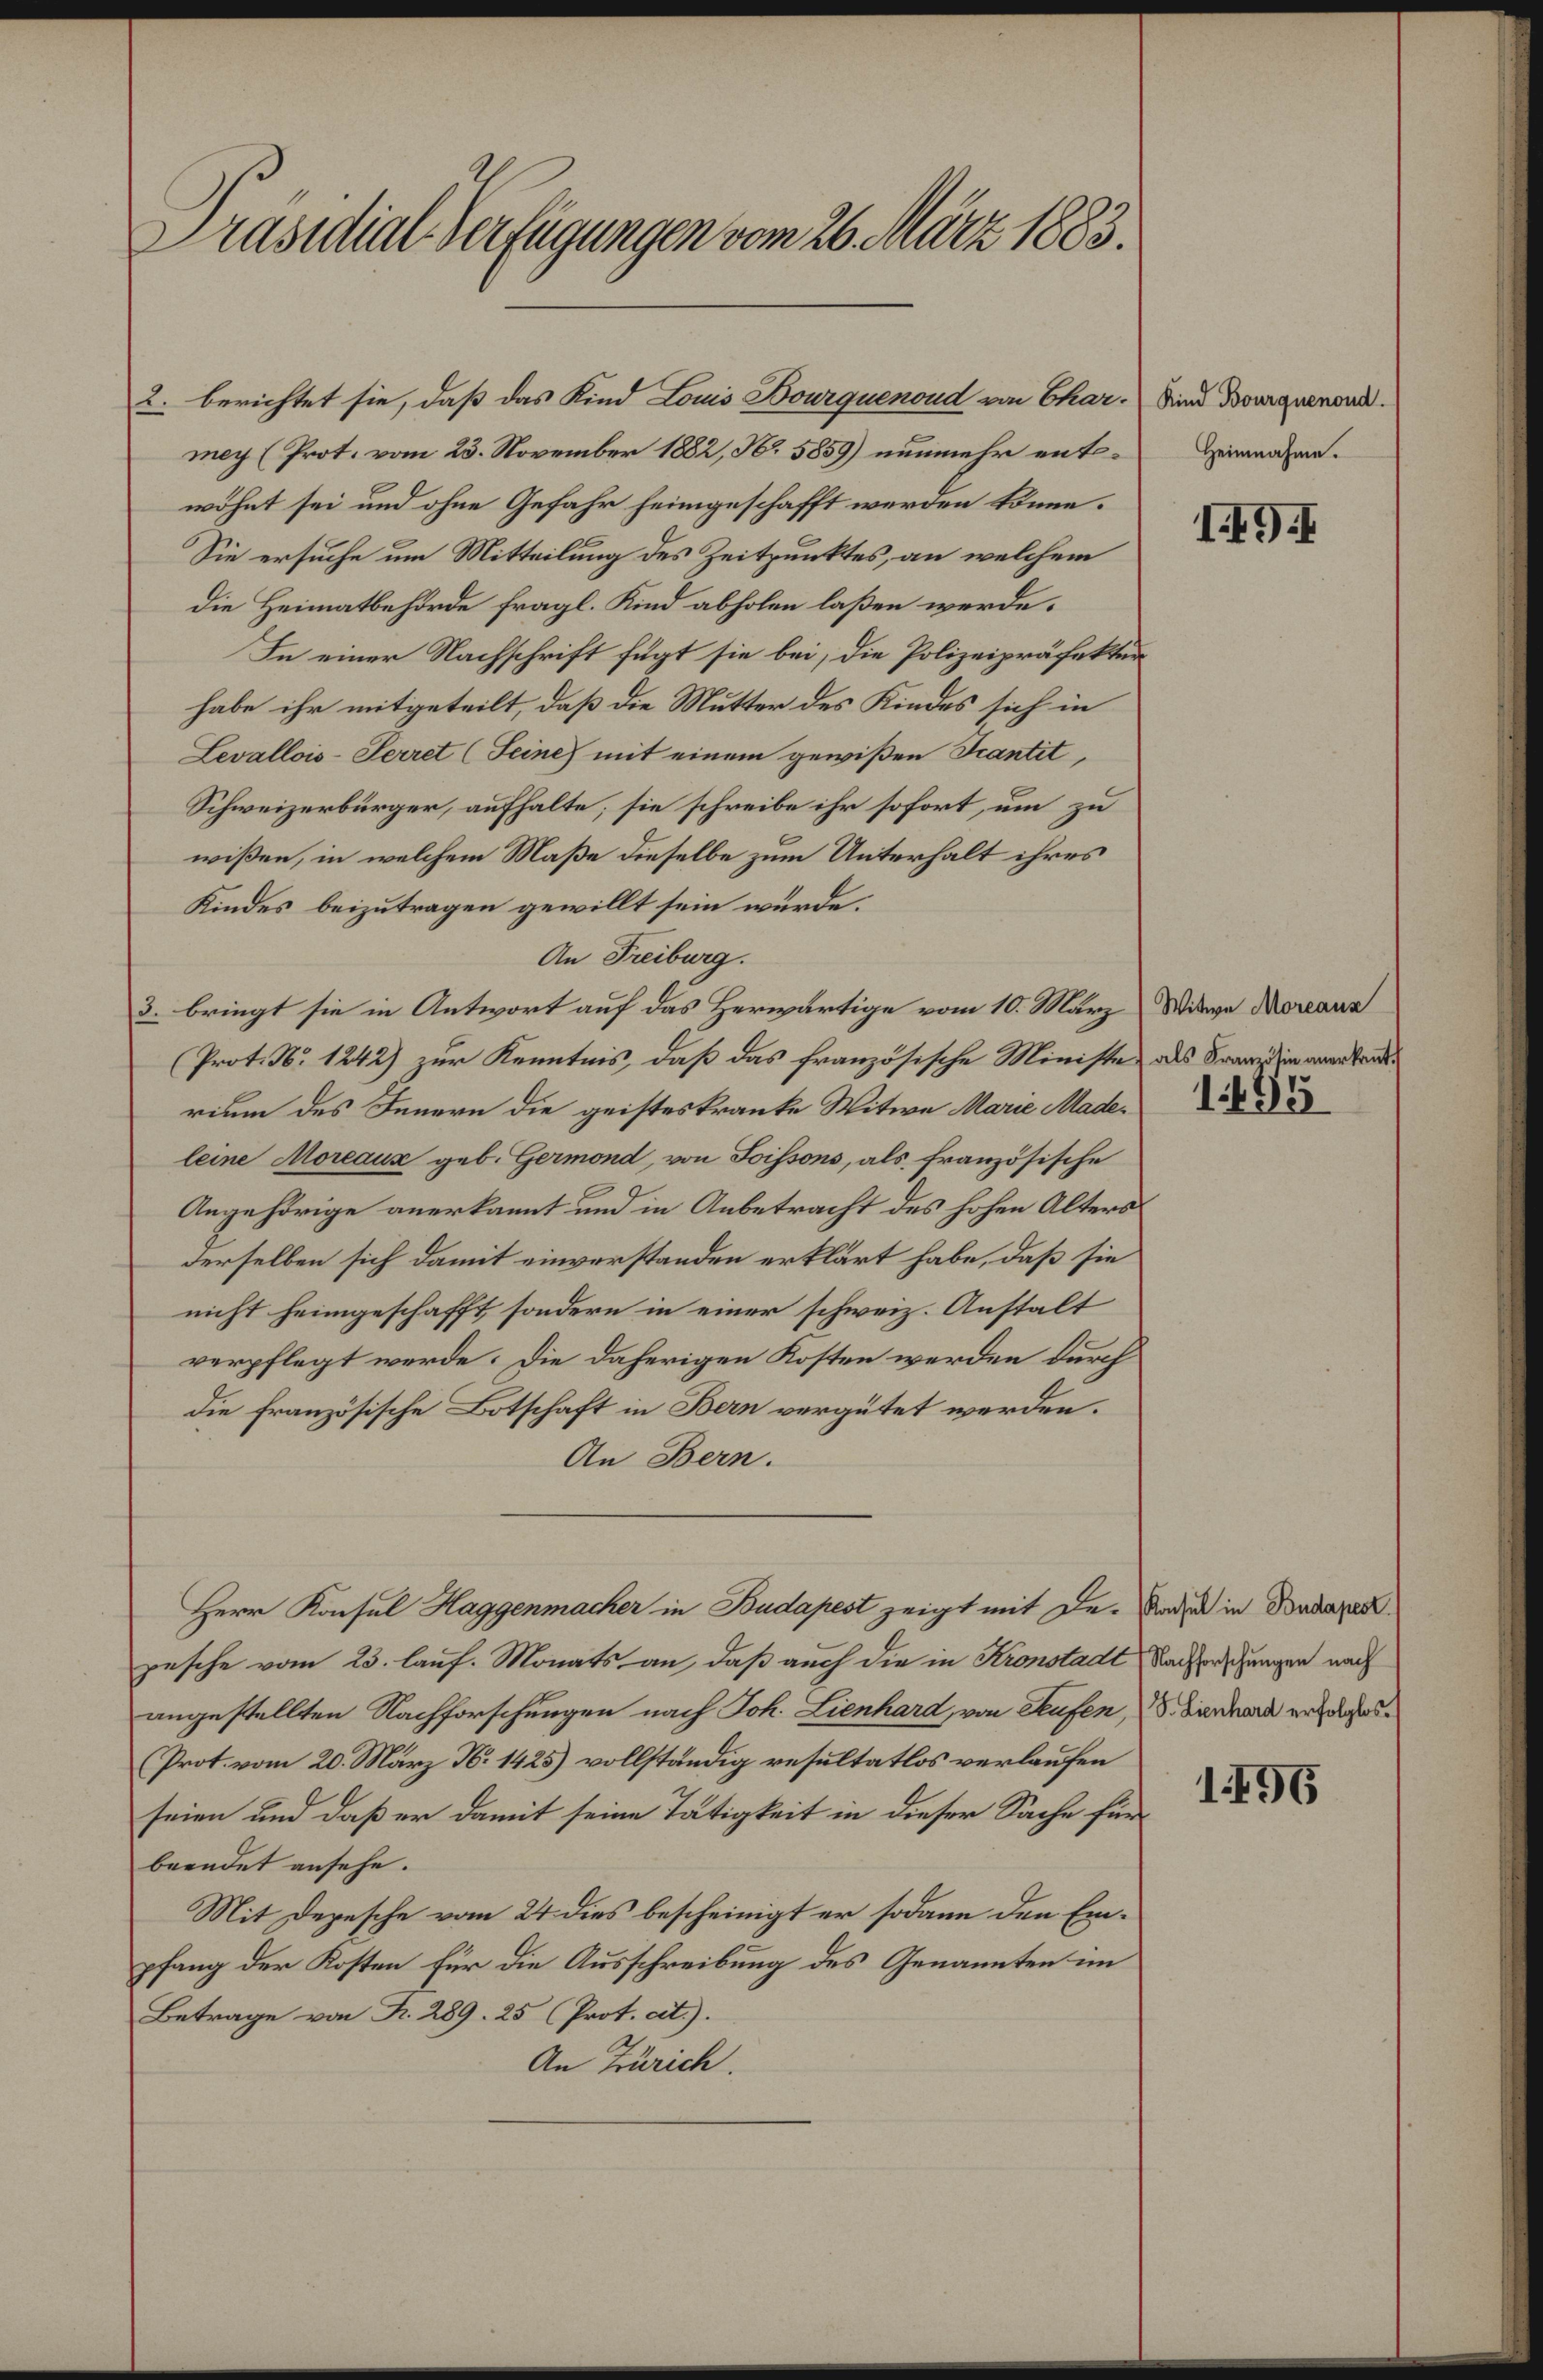
Präsidial-Verfügungen vom 26. März 1883.

mey (Prot. vom 23. November 1882, No. 5859) nunmehr entwöhnt sei und ohne Gefahr heimgeschafft werden könne.
Sie ersuche um Mitteilung des Zeitpunktes, an welchem
die Heimatbehörde fragl. Kind abholen laßen werde.
In einer Nachschrift fügt sie bei, die Polizeipräfektur
habe ihr mitgeteilt, daß die Mutter des Kindes sich in
Levallois-Perret (Seine mit einem gewißen Scantit,
Schweizerbürger, aufhalte; sie schreibe ihr sofort, um zu
wißen, in welchem Maße dieselbe zum Unterhalt ihres
Kindes beizutragen gewillt sein würde.
An Freiburg.
3. bringt sie in Antwort auf das Herwärtige vom 10. März
Prot. No 1242) zur Kenntnis, daß das französische Ministe als Franzien anerbande
rium des Innern die geisteskranke Witwe Marie Madeleine Moreaux geb. Germond, von Soissons, als französische
Angehörige anerkannt und in Anbetracht des hohen Alters
derselben sich damit einverstanden erklärt habe, daß sie
nicht heimgeschafft, sondern in einer schweiz. Anstalt
verpflegt werde. Die daherigen Kosten werden durch
die Französische Botschaft in Bern vergütet werden.
An Bern.
Herr Konsul Haggenmacher in Budapest zeigt mit De-Anden in Budapes
pesche vom 23. lauf. Monats an, daß auch die in Kronstadt Nachforschungen nach
angestellten Nachforschungen nach Joh. Lienhard, von Seufen, S. Hanhard erfolge
Prot. vom 20. März N. 1425) vollständig resultatlos verlaufen
seien und daß er damit seine Tätigkeit in dieser Sache für
beendet ansehe.
Mit Depesche vom 24. dies bescheinigt er sodann den Einpfang der Kosten für die Ausschreibung des Genannten im
Betrage von R. 289. 25 (Prot. cit.).
An Zürich.

2. berichtet sie, daß das Kind Louis Bourquenoud von Char. Sinn Bouquenord¬

Heinnahme.

IG

Witwe Moreans

1495

1496